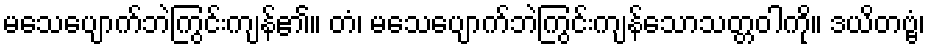
မသေပျောက်ဘဲကြွင်းကျန်၏။ တံ၊ မသေပျောက်ဘဲကြွင်းကျန်သောသတ္တဝါကို။ ဒယိတဗ္ဗံ၊